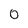
Character: 0